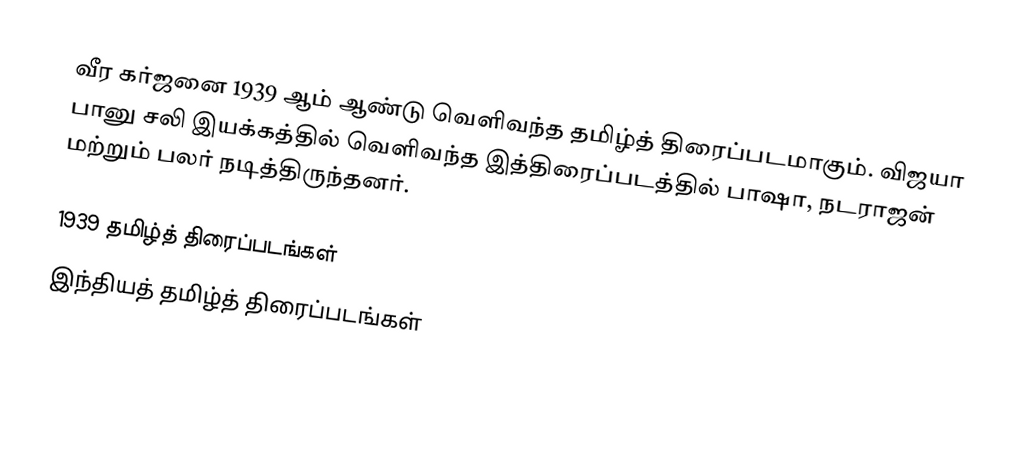
வீர கர்ஜனை 1939 ஆம் ஆண்டு வெளிவந்த தமிழ்த் திரைப்படமாகும். விஜயா பானு சலி இயக்கத்தில் வெளிவந்த இத்திரைப்படத்தில் பாஷா, நடராஜன் மற்றும் பலர் நடித்திருந்தனர்.

1939 தமிழ்த் திரைப்படங்கள்
இந்தியத் தமிழ்த் திரைப்படங்கள்